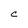
Character: C